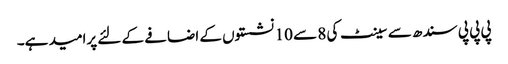
پی پی پی سندھ سے سینٹ کی 8 سے 10 نشستوں کے اضافے کے لئے پرامید ہے۔